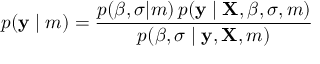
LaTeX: p ( \mathbf { y } \mid m ) = { \frac { p ( { \boldsymbol { \beta } } , \sigma | m ) \, p ( \mathbf { y } \mid \mathbf { X } , { \boldsymbol { \beta } } , \sigma , m ) } { p ( { \boldsymbol { \beta } } , \sigma \mid \mathbf { y } , \mathbf { X } , m ) } }